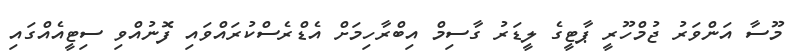
މޫސާ އަންވަރު ޖުމްހޫރީ ޕާޓީގެ ލީޑަރު ގާސިމް އިބްރާހިމަށް އެޑްރެސްކުރައްވައި ފޮނުއްވި ސިޓީއެއްގައި